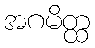
အဂမိတ္ထ